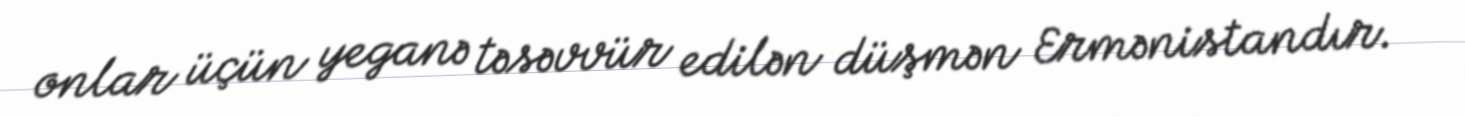
onlar üçün yeganə təsəvvür edilən düşmən Ermənistandır.